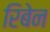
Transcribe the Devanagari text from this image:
रिबेन